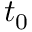
t _ { 0 }